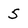
Character: 5